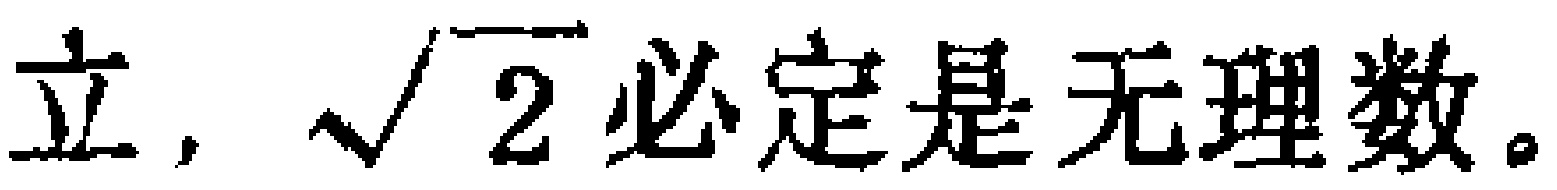
立，$\sqrt{2}$必定是无理数。